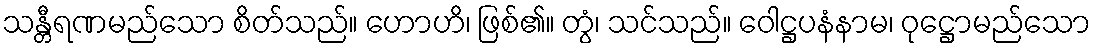
သန္တီရဏမည်သော စိတ်သည်။ ဟောဟိ၊ ဖြစ်၏။ တွံ၊ သင်သည်။ ဝေါဋ္ဌပနံနာမ၊ ဝုဋ္ဌောမည်သော